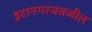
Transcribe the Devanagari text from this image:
इटानगरजवळील